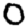
Digit: 0